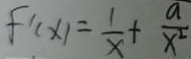
f ^ { \prime } ( x ) = \frac { 1 } { x } + \frac { a } { x ^ { 2 } }